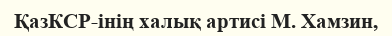
ҚазКСР-інің халық артисі М. Хамзин,